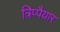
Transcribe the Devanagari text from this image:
त्रिप्पैयार